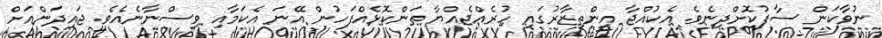
ނުވާކަން ސާފުކޮށްދިނެވެ. އެކުއްޖާ އިންތިޒާރުގައި ހުރެއްޖެއްޔާ ތަންކޮޅެއްފަހުން އޭނަ އެކަމާއި ވިސްނާނެއެވެ. ޖައިދަންއަށް